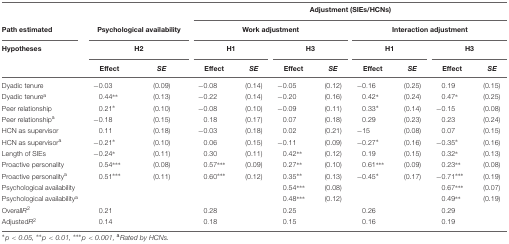
<table><thead><tr><td></td><td colspan="2"></td><td colspan="8"><b>Adjustment (SIEs/HCNs)</b></td></tr><tr><td><b>Path estimated</b></td><td colspan="2"><b>Psychological availability</b></td><td colspan="4"><b>Work adjustment</b></td><td colspan="4"><b>Interaction adjustment</b></td></tr><tr><td><b>Hypotheses</b></td><td colspan="2"><b>H2</b></td><td colspan="2"><b>H1</b></td><td colspan="2"><b>H3</b></td><td colspan="2"><b>H1</b></td><td colspan="2"><b>H3</b></td></tr><tr><td></td><td><b>Effect</b></td><td><b><i>SE</i></b></td><td><b>Effect</b></td><td><b><i>SE</i></b></td><td><b>Effect</b></td><td><b><i>SE</i></b></td><td><b>Effect</b></td><td><b><i>SE</i></b></td><td><b>Effect</b></td><td><b><i>SE</i></b></td></tr></thead><tbody><tr><td>Dyadic tenure</td><td>–0.03</td><td>(0.09)</td><td>–0.08</td><td>(0.14)</td><td>–0.05</td><td>(0.12)</td><td>–0.16</td><td>(0.25)</td><td>0.19</td><td>(0.15)</td></tr><tr><td>Dyadic tenure<sup>a</sup></td><td>0.44<sup>**</sup></td><td>(0.13)</td><td>–0.22</td><td>(0.14)</td><td>–0.20</td><td>(0.16)</td><td>0.42<sup>*</sup></td><td>(0.24)</td><td>0.47<sup>*</sup></td><td>(0.25)</td></tr><tr><td>Peer relationship</td><td>0.21<sup>*</sup></td><td>(0.10)</td><td>–0.08</td><td>(0.10)</td><td>–0.09</td><td>(0.11)</td><td>0.33<sup>*</sup></td><td>(0.14)</td><td>–0.15</td><td>(0.08)</td></tr><tr><td>Peer relationship<sup>a</sup></td><td>–0.18</td><td>(0.15)</td><td>0.18</td><td>(0.17)</td><td>0.07</td><td>(0.18)</td><td>0.29</td><td>(0.23)</td><td>0.23</td><td>(0.24)</td></tr><tr><td>HCN as supervisor</td><td>0.11</td><td>(0.18)</td><td>–0.03</td><td>(0.18)</td><td>0.02</td><td>(0.21)</td><td>–15</td><td>(0.08)</td><td>0.07</td><td>(0.15)</td></tr><tr><td>HCN as supervisor<sup>a</sup></td><td>–0.21<sup>*</sup></td><td>(0.10)</td><td>0.06</td><td>(0.15)</td><td>–0.11</td><td>(0.09)</td><td>–0.27<sup>*</sup></td><td>(0.16)</td><td>–0.35<sup>*</sup></td><td>(0.16)</td></tr><tr><td>Length of SIEs</td><td>–0.24<sup>*</sup></td><td>(0.11)</td><td>0.30</td><td>(0.11)</td><td>0.42<sup>**</sup></td><td>(0.12)</td><td>0.19</td><td>(0.15)</td><td>0.32<sup>*</sup></td><td>(0.13)</td></tr><tr><td>Proactive personality</td><td>0.54<sup>**</sup>*</td><td>(0.08)</td><td>0.57<sup>**</sup>*</td><td>(0.09)</td><td>0.27<sup>**</sup></td><td>(0.10)</td><td>0.61<sup>**</sup>*</td><td>(0.09)</td><td>0.23<sup>**</sup></td><td>(0.08)</td></tr><tr><td>Proactive personality<sup>a</sup></td><td>0.51<sup>**</sup>*</td><td>(0.11)</td><td>0.60<sup>**</sup>*</td><td>(0.12)</td><td>0.35<sup>**</sup></td><td>(0.13)</td><td>–0.45<sup>*</sup></td><td>(0.17)</td><td>–0.71<sup>**</sup>*</td><td>(0.19)</td></tr><tr><td>Psychological availability</td><td></td><td></td><td></td><td></td><td>0.54<sup>**</sup>*</td><td>(0.08)</td><td></td><td></td><td>0.67<sup>**</sup>*</td><td>(0.07)</td></tr><tr><td>Psychological availability<sup>a</sup></td><td></td><td></td><td></td><td></td><td>0.48<sup>**</sup>*</td><td>(0.12)</td><td></td><td></td><td>0.49<sup>**</sup></td><td>(0.19)</td></tr><tr><td>Overall<i>R</i><sup>2</sup></td><td>0.21</td><td></td><td>0.28</td><td></td><td>0.25</td><td></td><td>0.26</td><td></td><td>0.29</td><td></td></tr><tr><td>Adjusted<i>R</i><sup>2</sup></td><td>0.14</td><td></td><td>0.18</td><td></td><td>0.15</td><td></td><td>0.16</td><td></td><td>0.19</td><td></td></tr></tbody></table>